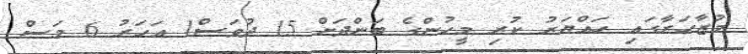
މުޒާހަރާގައި ހައްޔަރު ކުރި މީހުންގެ ބަންދަށް 15 ދުވަސް1 އަހަރު 6 މަސް